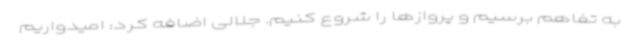
به تفاهم برسیم و پروازها را شروع کنیم. جلالی اضافه کرد: امیدواریم